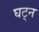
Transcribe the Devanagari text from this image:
घट्न